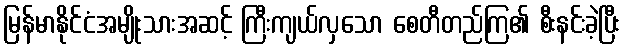
မြန်မာနိုင်ငံအမျိုးသားအဆင့် ကြီးကျယ်လှသော စေတီတည်ကြ၏ စီးနင်းခဲ့ပြီး